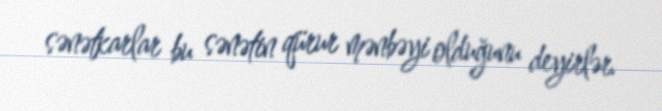
sənətkarlar bu sənətin qürur mənbəyi olduğunu deyirlər.